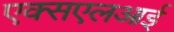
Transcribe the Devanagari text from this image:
एक्सएलआई